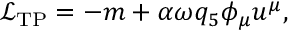
{ \mathcal { L } } _ { \mathrm { T P } } = - m + \alpha \omega q _ { 5 } \phi _ { \mu } u ^ { \mu } ,